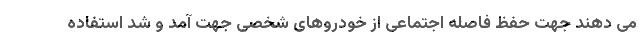
می دهند جهت حفظ فاصله اجتماعی از خودروهای شخصی جهت آمد و شد استفاده